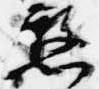
憖